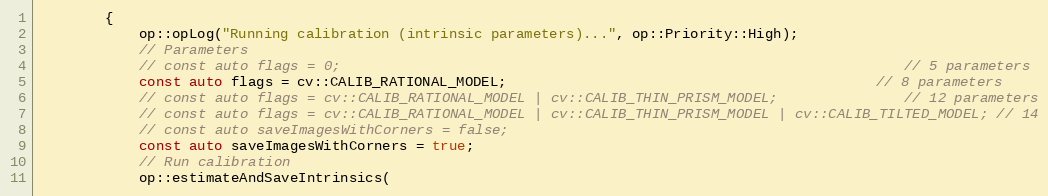
Language: C++
        {
            op::opLog("Running calibration (intrinsic parameters)...", op::Priority::High);
            // Parameters
            // const auto flags = 0;                                                                   // 5 parameters
            const auto flags = cv::CALIB_RATIONAL_MODEL;                                            // 8 parameters
            // const auto flags = cv::CALIB_RATIONAL_MODEL | cv::CALIB_THIN_PRISM_MODEL;               // 12 parameters
            // const auto flags = cv::CALIB_RATIONAL_MODEL | cv::CALIB_THIN_PRISM_MODEL | cv::CALIB_TILTED_MODEL; // 14
            // const auto saveImagesWithCorners = false;
            const auto saveImagesWithCorners = true;
            // Run calibration
            op::estimateAndSaveIntrinsics(